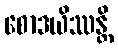
စောဒယိဿန္တိ